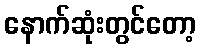
နောက်ဆုံးတွင်တော့